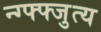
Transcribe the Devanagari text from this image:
न्ग्फ्फ्जुत्य